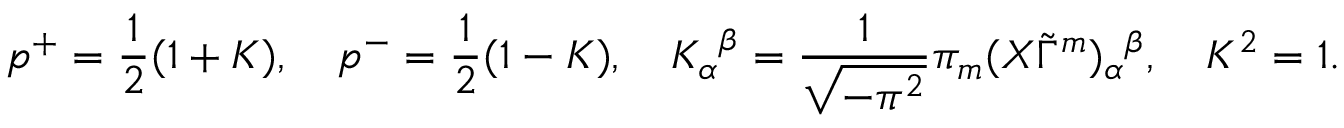
p ^ { + } = \frac { 1 } { 2 } ( 1 + K ) , \quad p ^ { - } = \frac { 1 } { 2 } ( 1 - K ) , \quad { K _ { \alpha } } ^ { \beta } = \frac { 1 } { \sqrt { - \pi ^ { 2 } } } \pi _ { m } ( X \tilde { \Gamma } ^ { m } ) _ { \alpha } { } ^ { \beta } , \quad K ^ { 2 } = 1 .